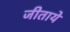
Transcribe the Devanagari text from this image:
जीताये